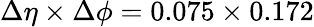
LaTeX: {\Delta\eta\times\Delta\phi=0.075\times 0.172}